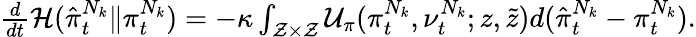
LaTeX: \begin{array}{r}{\frac{d}{dt}\mathcal{H}(\hat{\pi}_{t}^{N_{k}}\lVert\pi_{t}^{N_{k}})=-\kappa\int_{\mathcal{Z}\times\mathcal{Z}}\mathcal{U}_{\pi}(\pi_{t}^{N_{k}},\nu_{t}^{N_{k}};z,\tilde{z})d(\hat{\pi}_{t}^{N_{k}}-\pi_{t}^{N_{k}}).}\end{array}